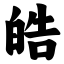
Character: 皓